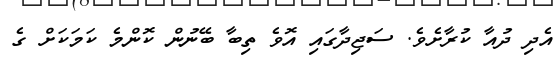
އެދި ދުއާ ކުރާށެވެ. ސަޖިދާގައި އޮވެ ތިބާ ބޭނުން ކޮންމެ ކަމަކަށް ގެ